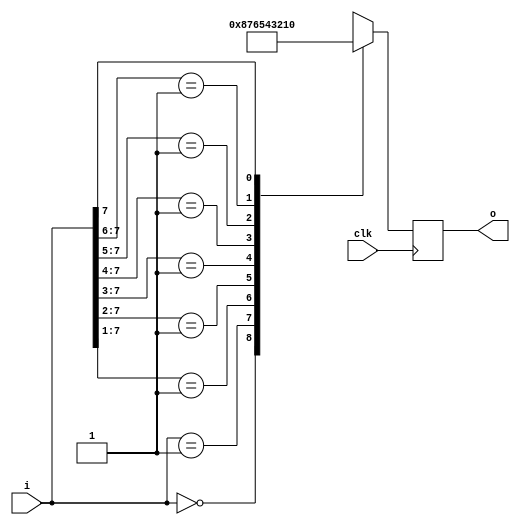
// ============================================================================
//	(C) 2012  Robert Finch
//	robfinch@<remove>opencores.org
//
// This source file is free software: you can redistribute it and/or modify 
// it under the terms of the GNU Lesser General Public License as published 
// by the Free Software Foundation, either version 3 of the License, or     
// (at your option) any later version.                                      
//                                                                          
// This source file is distributed in the hope that it will be useful,      
// but WITHOUT ANY WARRANTY; without even the implied warranty of           
// MERCHANTABILITY or FITNESS FOR A PARTICULAR PURPOSE.  See the            
// GNU General Public License for more details.                             
//                                                                          
// You should have received a copy of the GNU General Public License        
// along with this program.  If not, see <http://www.gnu.org/licenses/>.    
//
// ============================================================================
//
module cntlz8(
	input clk,
	input [7:0] i,
	output reg [3:0] o
);

always @(posedge clk)
	casex (i)
	8'b00000000:	o = 8;
	8'b00000001:	o = 7;
	8'b0000001x:	o = 6;
	8'b000001xx:	o = 5;
	8'b00001xxx:	o = 4;
	8'b0001xxxx:	o = 3;
	8'b001xxxxx:	o = 2;
	8'b01xxxxxx:	o = 1;
	8'b1xxxxxxx:	o = 0;
	endcase	

endmodule


module cntlz16(
	input clk,
	input [15:0] i,
	output reg [4:0] o
);
	wire [3:0] cnt1, cnt2;

	cntlz8 u1 (clk,i[ 7:0],cnt1);
	cntlz8 u2 (clk,i[15:8],cnt2);

	always @(posedge clk)
		o <= cnt2[3] ? cnt1 + 4'h8 : cnt2;

endmodule


// 88 slices / 154 LUTs / 22.5 ns
module cntlz64(
	input clk,
	input [63:0] i,
	output reg [6:0] o
);

	wire [4:0] cnt1, cnt2, cnt3, cnt4;

	cntlz16 u1 (clk,i[15: 0],cnt1);
	cntlz16 u2 (clk,i[31:16],cnt2);
	cntlz16 u3 (clk,i[47:32],cnt3);
	cntlz16 u4 (clk,i[63:48],cnt4);

	always @(posedge clk)
		o <=
			!cnt4[4] ? cnt4 :
			!cnt3[4] ? cnt3 + 7'd16 :
			!cnt2[4] ? cnt2 + 7'd32 :
			 cnt1 + 7'd48;

endmodule



// 5 slices / 10 LUTs / 7.702 ns
module cntlo8(
	input clk,
	input [7:0] i,
	output [3:0] o
);

cntlz8 u1 (clk,~i,o);

endmodule


module cntlo16(
	input clk,
	input [15:0] i,
	output [4:0] o
);

cntlz16 u1 (clk,~i,o);

endmodule


// 59 slices / 99 LUTs / 14.065 ns
module cntlo64(
	input clk,
	input [63:0] i,
	output [6:0] o
);

cntlz64 u1 (clk,~i,o);

endmodule